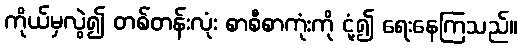
ကိုယ်မှလွဲ၍ တစ်တန်းလုံး စာစီစာကုံးကို ငုံ့၍ ရေးနေကြသည်။